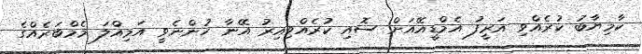
ކާމިޔާބު ކުރެއްވި އަރީފު އެމްޑީއޭއަށް ސޮއި ކުރެއްވިއިރު އޭނާ ހުންނެވީ އަމިއްލަ މެމްބަރެއްގެ